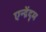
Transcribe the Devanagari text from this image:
एन्द्रेंदृम